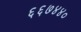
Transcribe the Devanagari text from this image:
६६७४४०